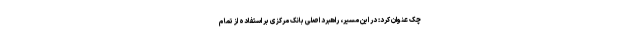
چک عنوان کرد: در این مسیر، راهبرد اصلی بانک مرکزی بر استفاده از تمام